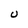
Character: U